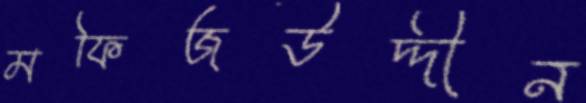
মফিজউদ্দীন